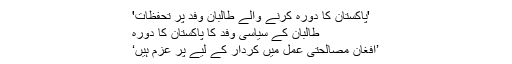
'پاکستان کا دورہ کرنے والے طالبان وفد پر تحفظات'
طالبان کے سیاسی وفد کا پاکستان کا دورہ
’افغان مصالحتی عمل میں کردار کے لیے پر عزم ہیں‘